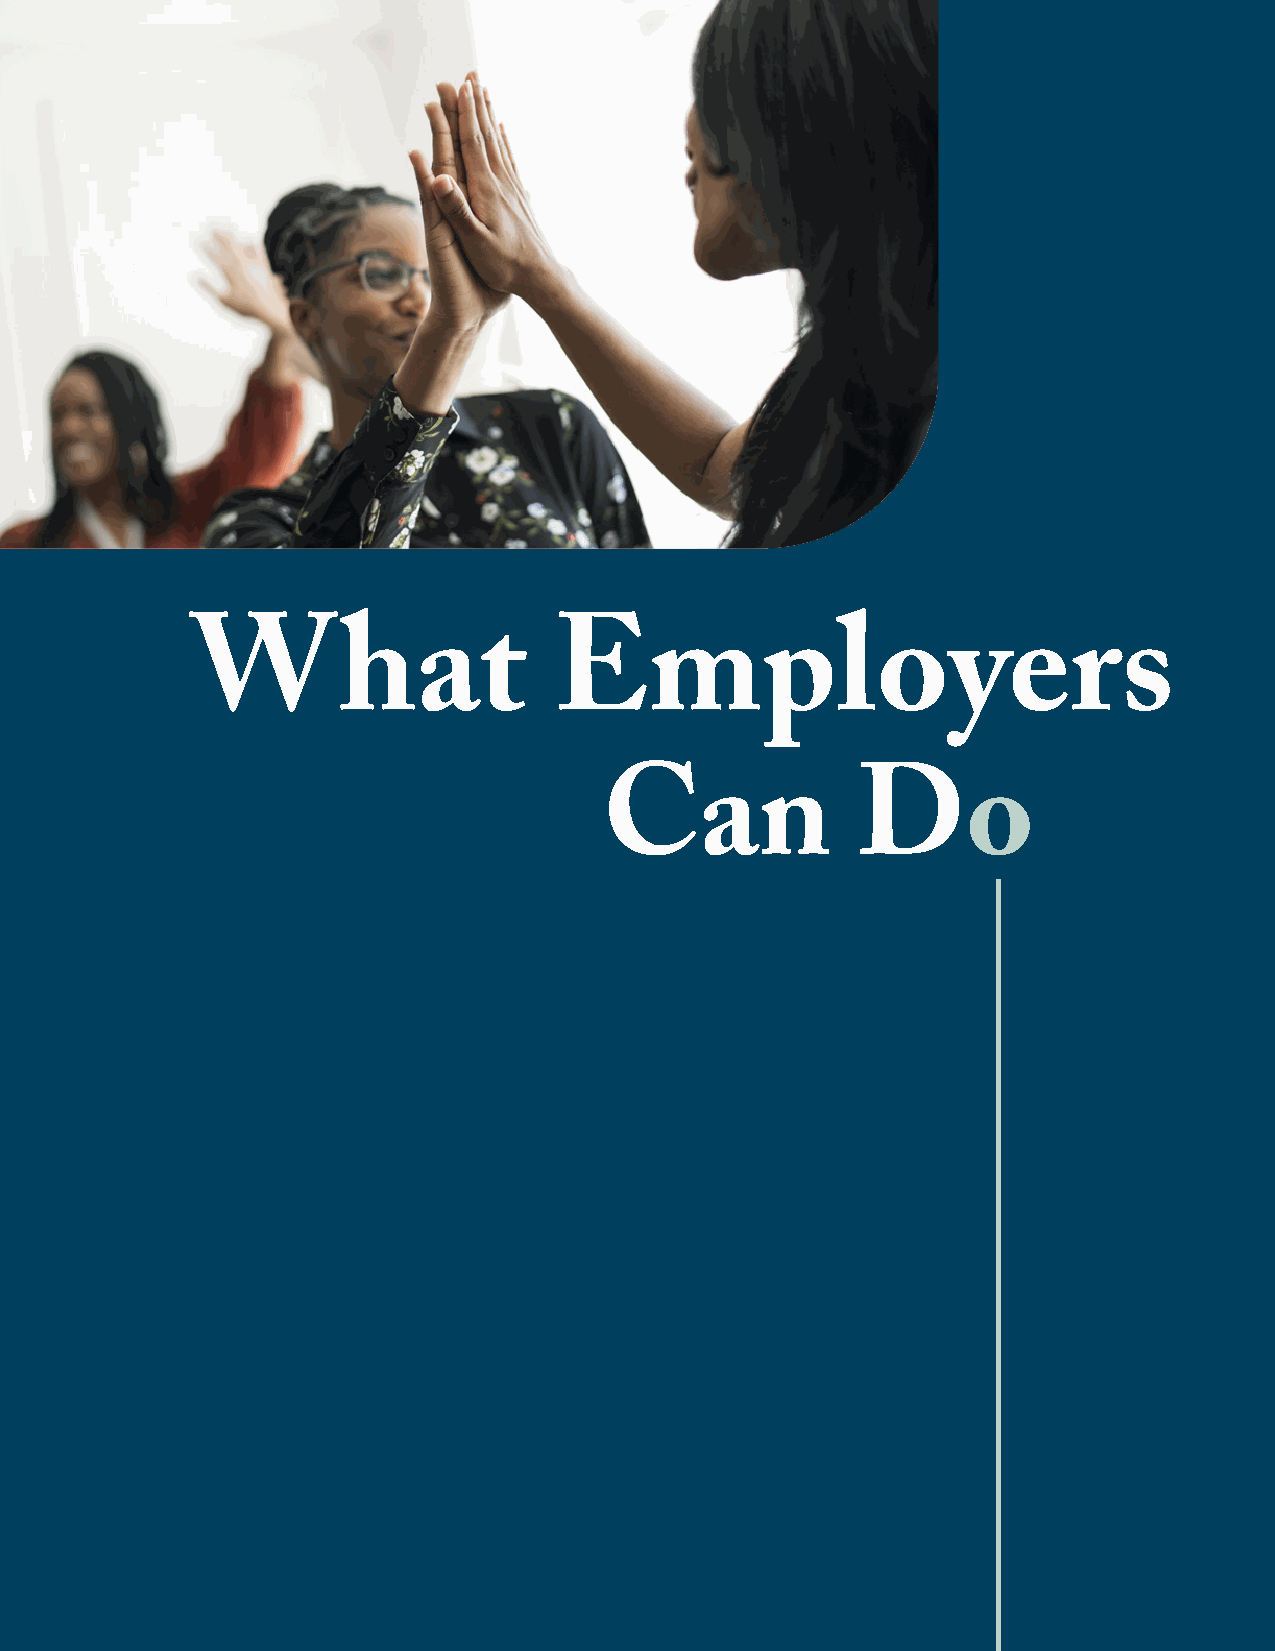
Pan-American Life Insurance Group
 22
 What                    Employers
 Can              Do